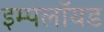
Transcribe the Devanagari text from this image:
इम्पलॉयड